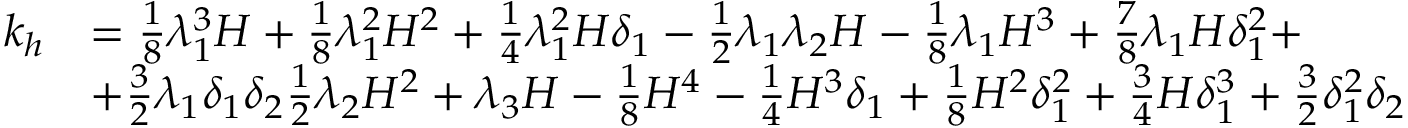
\begin{array} { r l } { k _ { h } } & { = \frac { 1 } { 8 } \lambda _ { 1 } ^ { 3 } H + \frac { 1 } { 8 } \lambda _ { 1 } ^ { 2 } H ^ { 2 } + \frac { 1 } { 4 } \lambda _ { 1 } ^ { 2 } H \delta _ { 1 } - \frac { 1 } { 2 } \lambda _ { 1 } \lambda _ { 2 } H - \frac { 1 } { 8 } \lambda _ { 1 } H ^ { 3 } + \frac { 7 } { 8 } \lambda _ { 1 } H \delta _ { 1 } ^ { 2 } + } \\ & { + \frac { 3 } { 2 } \lambda _ { 1 } \delta _ { 1 } \delta _ { 2 } \frac { 1 } { 2 } \lambda _ { 2 } H ^ { 2 } + \lambda _ { 3 } H - \frac { 1 } { 8 } H ^ { 4 } - \frac { 1 } { 4 } H ^ { 3 } \delta _ { 1 } + \frac { 1 } { 8 } H ^ { 2 } \delta _ { 1 } ^ { 2 } + \frac { 3 } { 4 } H \delta _ { 1 } ^ { 3 } + \frac { 3 } { 2 } \delta _ { 1 } ^ { 2 } \delta _ { 2 } } \end{array}